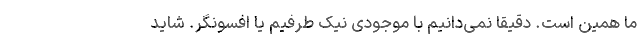
ما همین است. دقیقا نمی‌دانیم با موجودی نیک طرفیم یا افسونگر. شاید